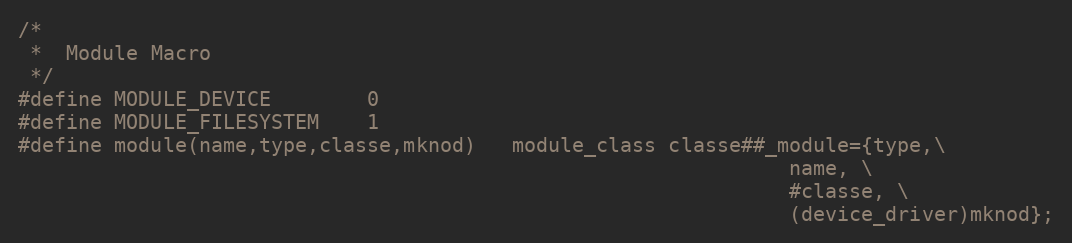
Language: C
/*
 *	Module Macro
 */
#define MODULE_DEVICE		0
#define MODULE_FILESYSTEM	1
#define module(name,type,classe,mknod)	module_class classe##_module={type,\
																name, \
																#classe, \
																(device_driver)mknod};